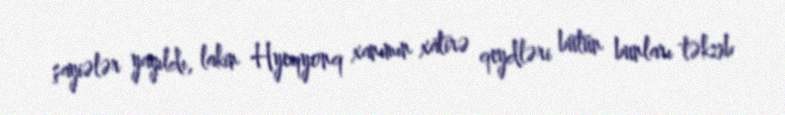
şayiələr yayıldı, lakin Hyeqyonq xanımın xatirə qeydləri bütün bunları təkzib